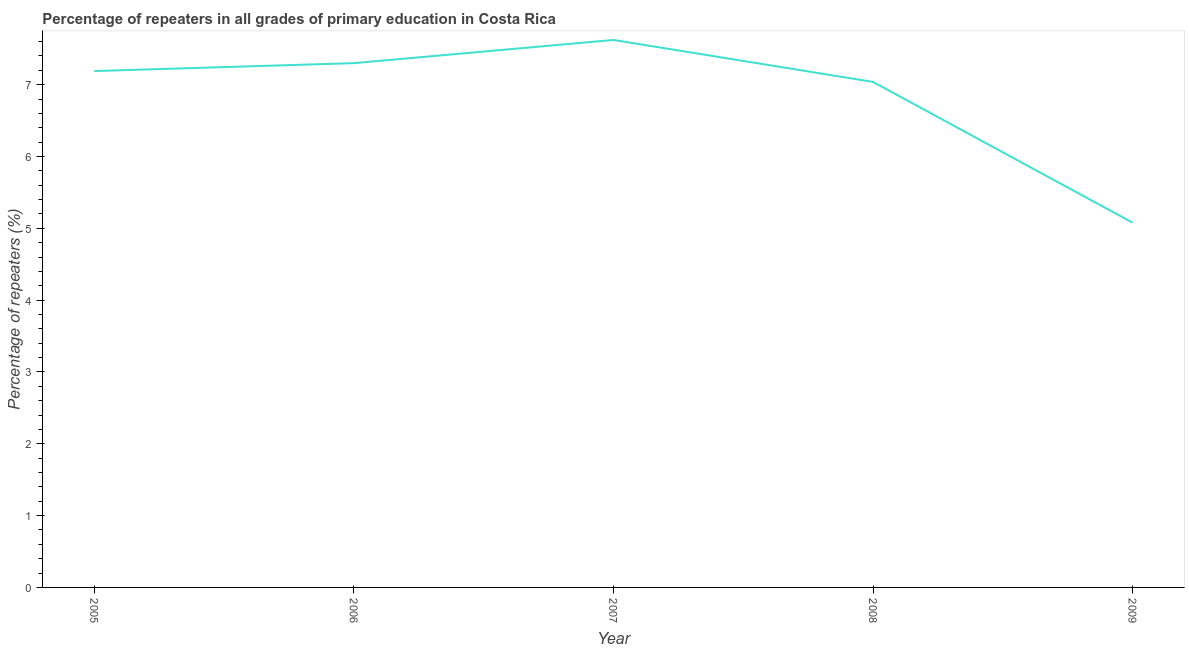
| Year | Repeaters in primary education |
 | --- | --- |
 | 2005 | 7.19 |
 | 2006 | 7.3 |
 | 2007 | 7.62 |
 | 2008 | 7.04 |
 | 2009 | 5.08 |